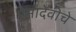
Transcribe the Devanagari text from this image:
पेमादेवीचे